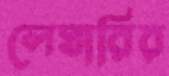
লেঘারির